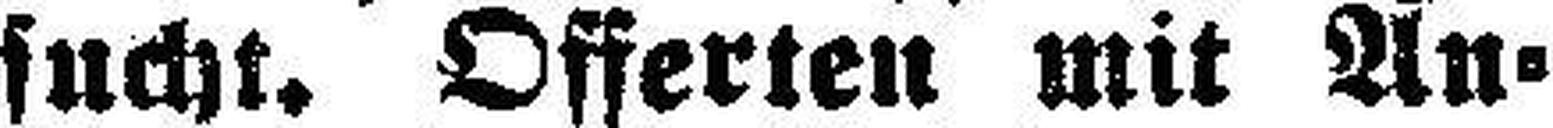
sucht. Offerten mit An¬